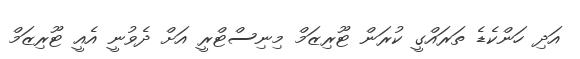
އަދި ހަންކެޑެ ތަރައްގީ ކުރަން ޓޫރިޒަމް މިނިސްޓްރީ އަށް ދެވުނީ އެއީ ޓޫރިޒަމް